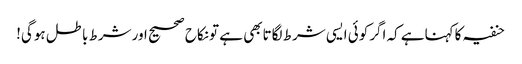
حنفیہ کاکہناہے کہ اگرکوئی ایسی شرط لگاتابھی ہے تونکاح صحیح اورشرط باطل ہوگی!